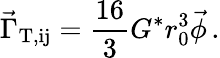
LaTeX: \vec{\Gamma}_{\mathrm{T,ij}}=\frac{16}{3}G^{*}r_{0}^{3}\vec{\phi}\, .